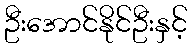
ဦးအောင်နိုင်ဦးနှင့်